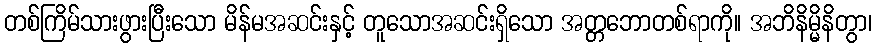
တစ်ကြိမ်သားဖွားပြီးသော မိန်မအဆင်းနှင့် တူသောအဆင်းရှိသော အတ္တဘောတစ်ရာကို။ အဘိနိမ္မိနိတွာ၊